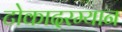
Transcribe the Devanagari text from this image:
टोकादरम्यान